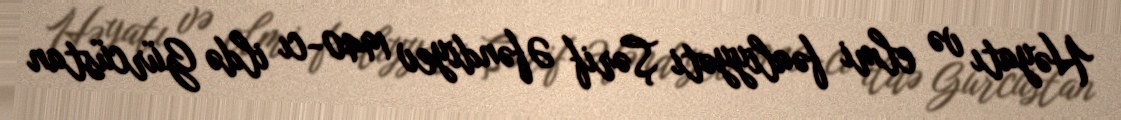
Həyatı və elmi fəaliyyəti Şərif Əfəndiyev 1940-cı ildə Gürcüstan